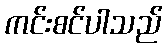
ကင်းစင်ပါသည်